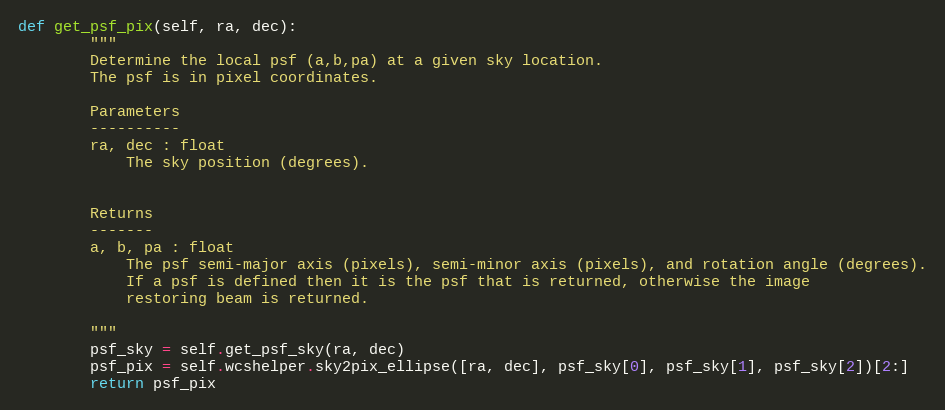
Language: Python
def get_psf_pix(self, ra, dec):
        """
        Determine the local psf (a,b,pa) at a given sky location.
        The psf is in pixel coordinates.

        Parameters
        ----------
        ra, dec : float
            The sky position (degrees).

        Returns
        -------
        a, b, pa : float
            The psf semi-major axis (pixels), semi-minor axis (pixels), and rotation angle (degrees).
            If a psf is defined then it is the psf that is returned, otherwise the image
            restoring beam is returned.

        """
        psf_sky = self.get_psf_sky(ra, dec)
        psf_pix = self.wcshelper.sky2pix_ellipse([ra, dec], psf_sky[0], psf_sky[1], psf_sky[2])[2:]
        return psf_pix